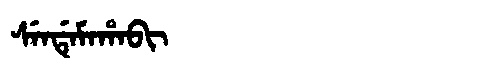
Manchu: ᠰᡝᠨᡩᡝᠮᠠᡥᠠᠪᡳ
Romanization: SENDEMAHABI